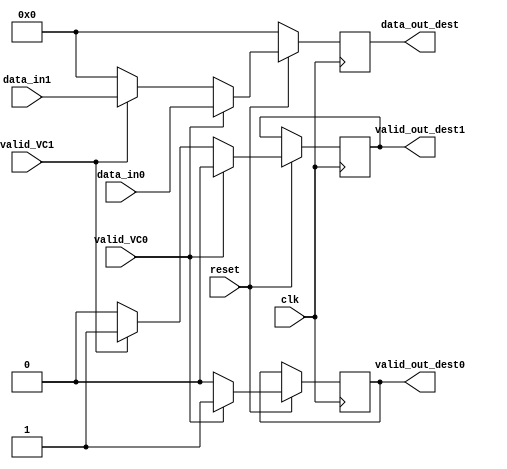
module mux_dest #(parameter BITNUMBER = 5)
		(input clk,
		input reset,
		input [BITNUMBER-1:0] data_in0,
		input [BITNUMBER-1:0] data_in1,
		input valid_VC0,
		input valid_VC1,
		output reg valid_out_dest0,
		output reg valid_out_dest1,
		output reg [BITNUMBER-1:0] data_out_dest);
		
		reg [5:0] ValueHold_Out;
		reg interValidValue0;
		reg interValidValue1;
		

always @(*) begin
	if(valid_VC0) begin
		ValueHold_Out = data_in0;
		interValidValue0 = valid_VC0;
		interValidValue1 = 0;
	end else begin
	//If valid_VC0==0
		if(valid_VC1) begin
		//If valid_VC1 ==1
			ValueHold_Out= data_in1;
			interValidValue1 = valid_VC1;
			interValidValue0 = 0;
		end else begin
		//If valid_VC1==0
			ValueHold_Out = 0;
			interValidValue0 = 0;
			interValidValue1 = 0;	
		end
	end	
	
end		
	

always @(posedge clk)begin
	if(~reset) begin
		data_out_dest <=0;
	end else begin
	//If reset == 1
		valid_out_dest0 <= interValidValue0;
		valid_out_dest1 <= interValidValue1;
		data_out_dest <= ValueHold_Out;
	end
end



endmodule